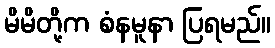
မိမိတို့က စံနမူနာ ပြရမည်။